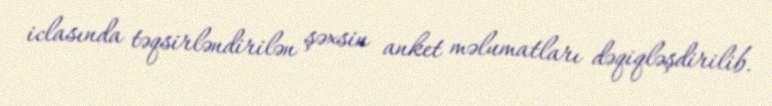
iclasında təqsirləndirilən şəxsin anket məlumatları dəqiqləşdirilib.